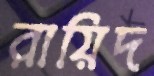
রায়িদ